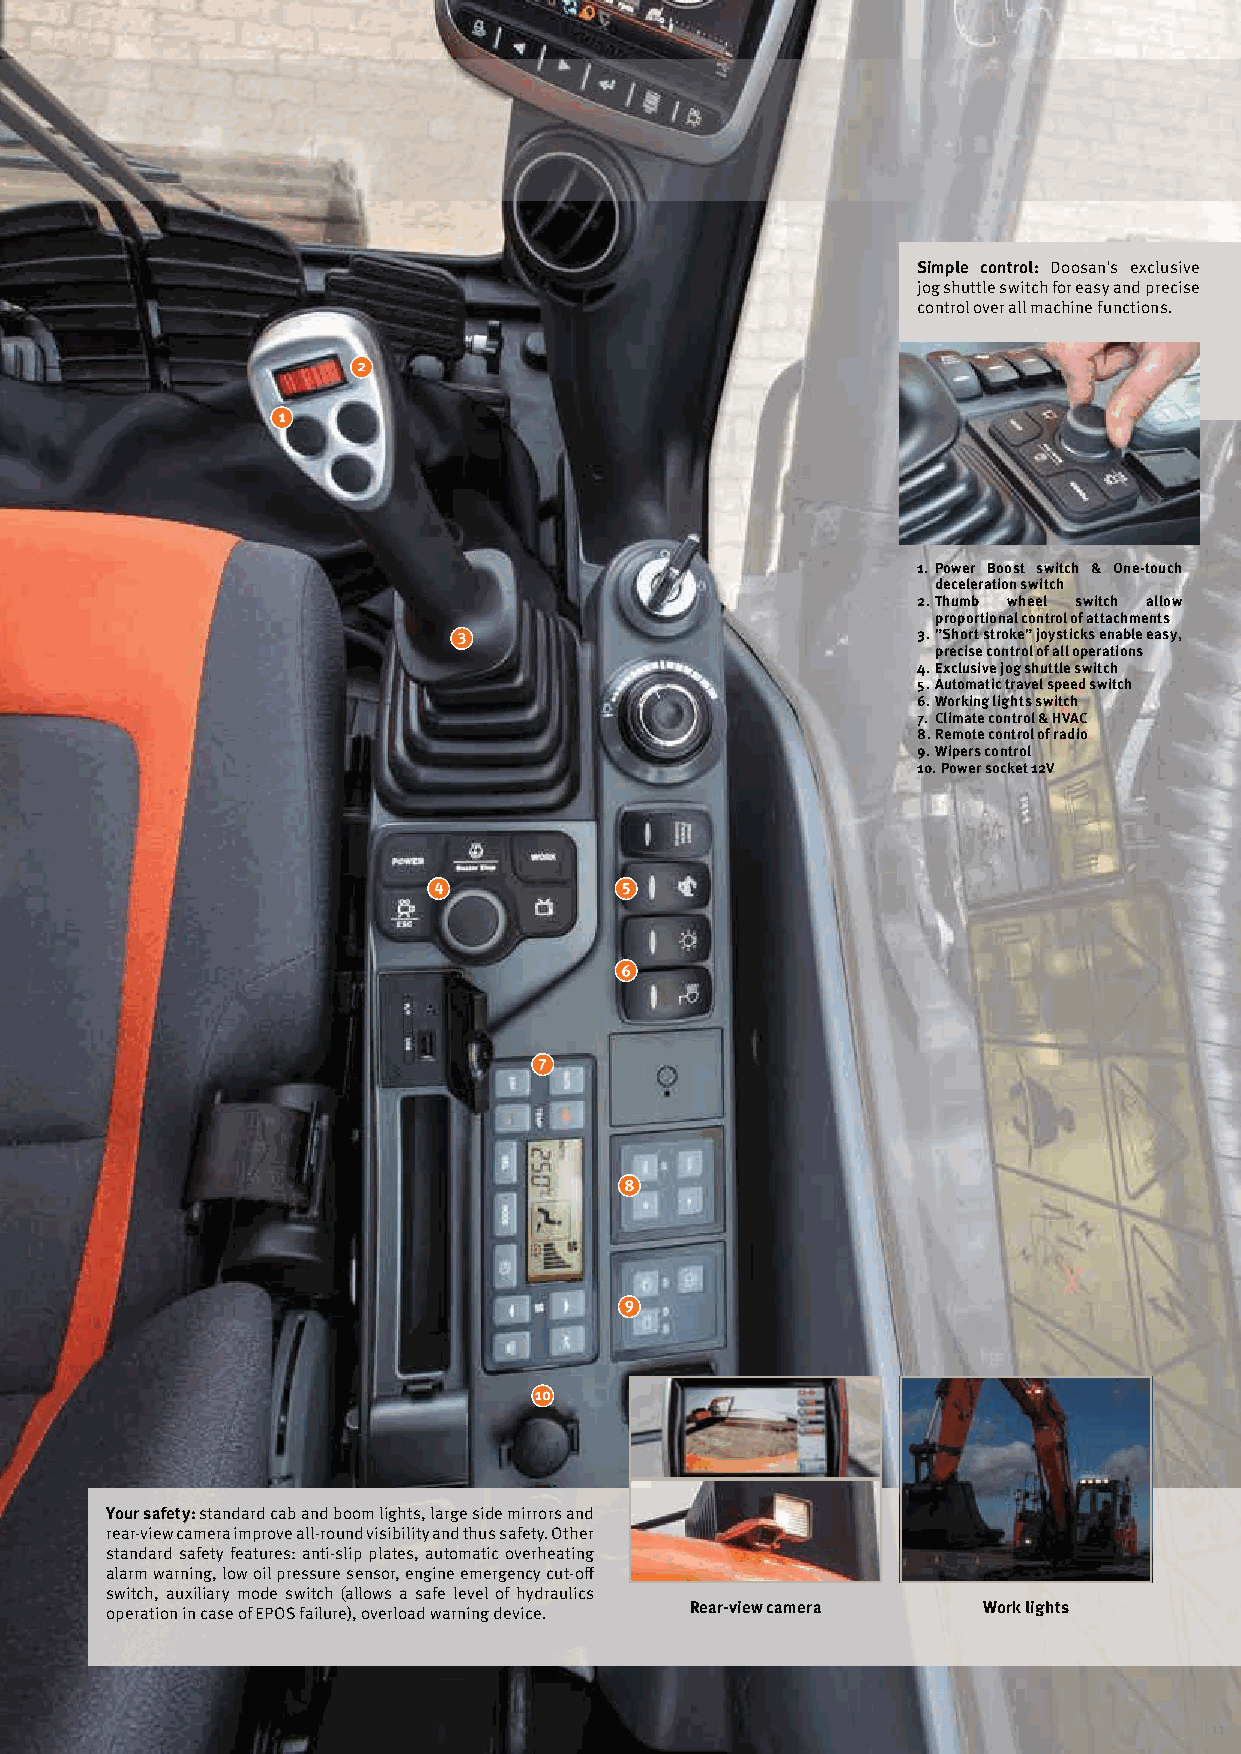
Simple control: Doosan's exclusive
 jog shuttle switch for easy and precise
 control over all machine functions.
 1. Power Boost switch & One-touch
 deceleration switch
 2. Thumb wheel switch allow
 proportional control of attachments
 3. ”Short stroke” joysticks enable easy,
 precise control of all operations
 4. Exclusive jog shuttle switch
 5. Automatic travel speed switch
 6. Working lights switch
 7. Climate control & HVAC
 8. Remote control of radio
 9. Wipers control
 10. Power socket 12V
 Your safety: standard cab and boom lights, large side mirrors and
 rear-view camera improve all-round visibility and thus safety. Other
 standard safety features: anti-slip plates, automatic overheating
 alarm warning, low oil pressure sensor, engine emergency cut-off
 switch, auxiliary mode switch (allows a safe level of hydraulics
 operation in case of EPOS failure), overload warning device. Rear-view camera Work lights
 | 11